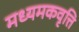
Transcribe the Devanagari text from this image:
मध्यमकवृत्ति